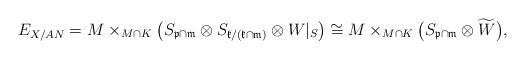
LaTeX: \begin{align*}E_{X/AN}=M\times_{M\cap K}\big(S_{\mathfrak{p}\cap \mathfrak{m}}\otimes S_{\mathfrak{k}/(\mathfrak{k}\cap \mathfrak{m})}\otimes W|_S\big)\cong M\times _{M\cap K} \big( S_{\mathfrak{p}\cap \mathfrak{m}}\otimes \widetilde{W}\big),\end{align*}